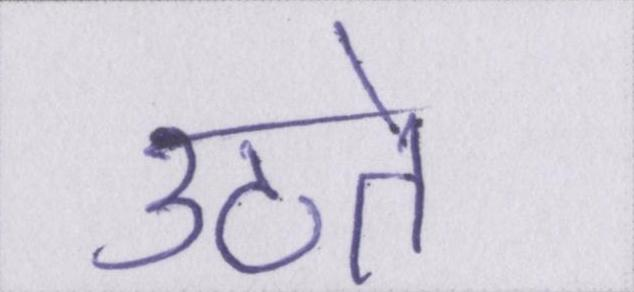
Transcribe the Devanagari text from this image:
उठते